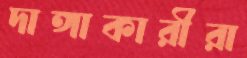
দাঙ্গাকারীরা